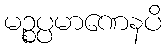
မဉ္စပ္ပမာဏေနပိ